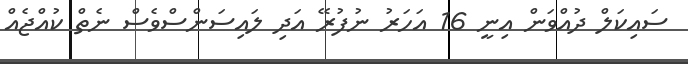
ސައިކަލް ދުއްވަން އިނީ 16 އަހަރު ނުފުރޭ އަދި ލައިސަންސްވެސް ނެތް ކުއްޖެއް